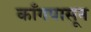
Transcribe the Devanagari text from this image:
काँगपासून